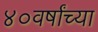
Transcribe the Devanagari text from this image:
४०वर्षांच्या